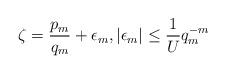
LaTeX: \begin{align*}\zeta=\frac{p_{m}}{q_{m}}+\epsilon_{m}, \vert \epsilon_{m}\vert\leq \frac{1}{U}q_{m}^{-m}\end{align*}